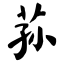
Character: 荪